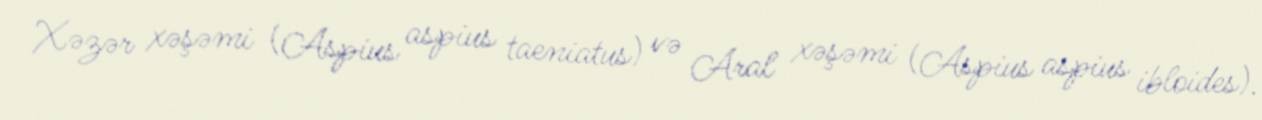
Xəzər xəşəmi (Aspius aspius taeniatus) və Aral xəşəmi (Aspius aspius ibloides).